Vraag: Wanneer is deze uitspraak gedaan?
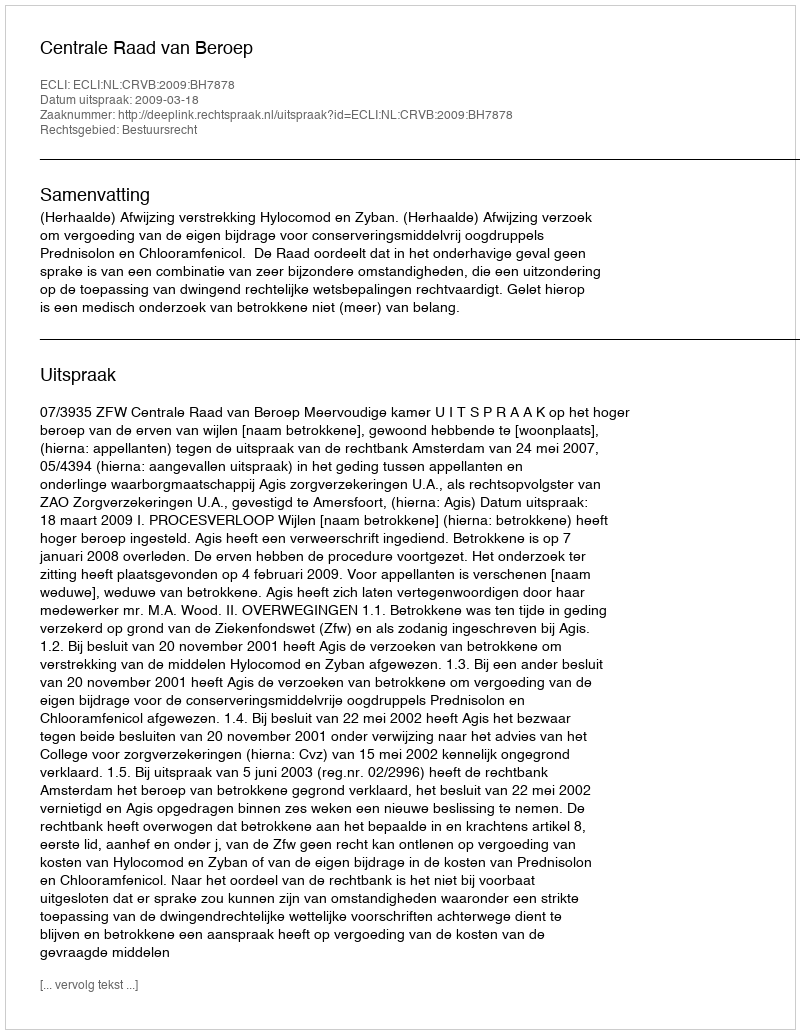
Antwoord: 2009-03-18